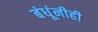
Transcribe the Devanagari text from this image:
बंधूंनीही